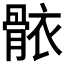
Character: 𮪩